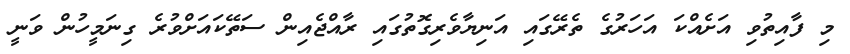
މި ފާއިތުވި އަށެއްކަ އަހަރުގެ ތެރޭގައި އަނިޔާވެރިގޮތުގައި ރާއްޖެއިން ސަތޭކައަށްވުރެ ގިނަމީހުން ވަނީ